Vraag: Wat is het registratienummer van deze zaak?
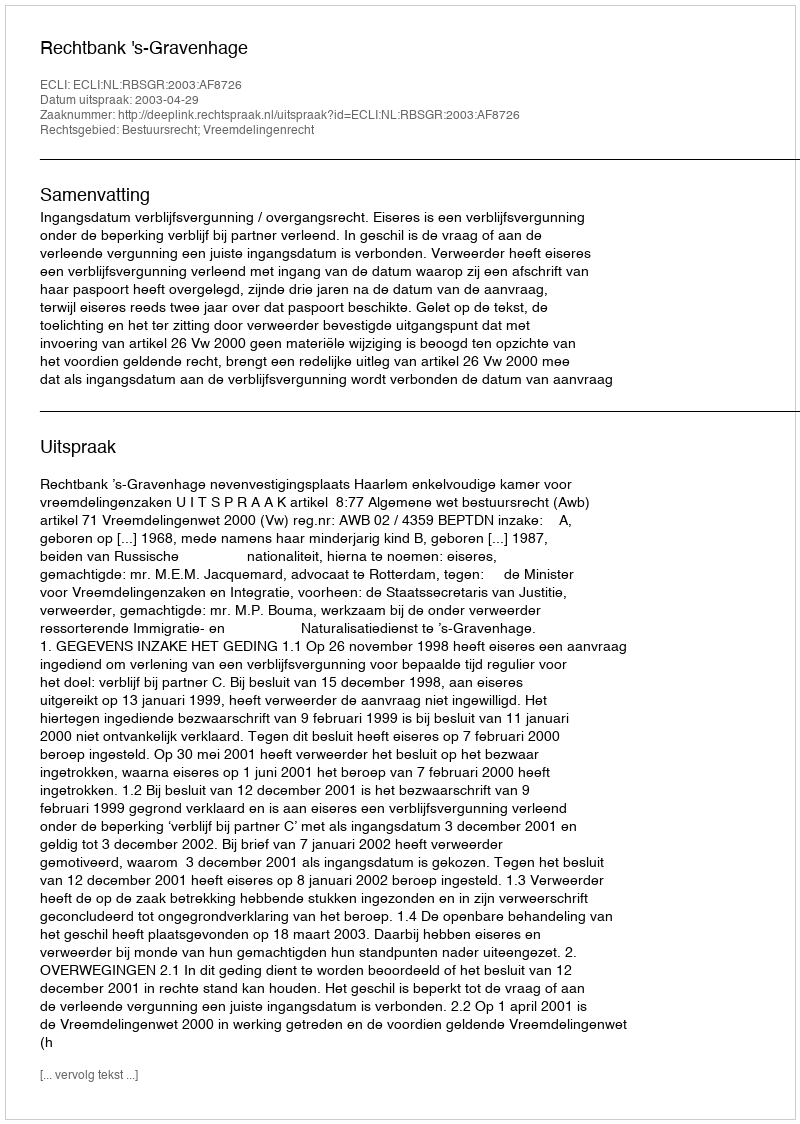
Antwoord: http://deeplink.rechtspraak.nl/uitspraak?id=ECLI:NL:RBSGR:2003:AF8726